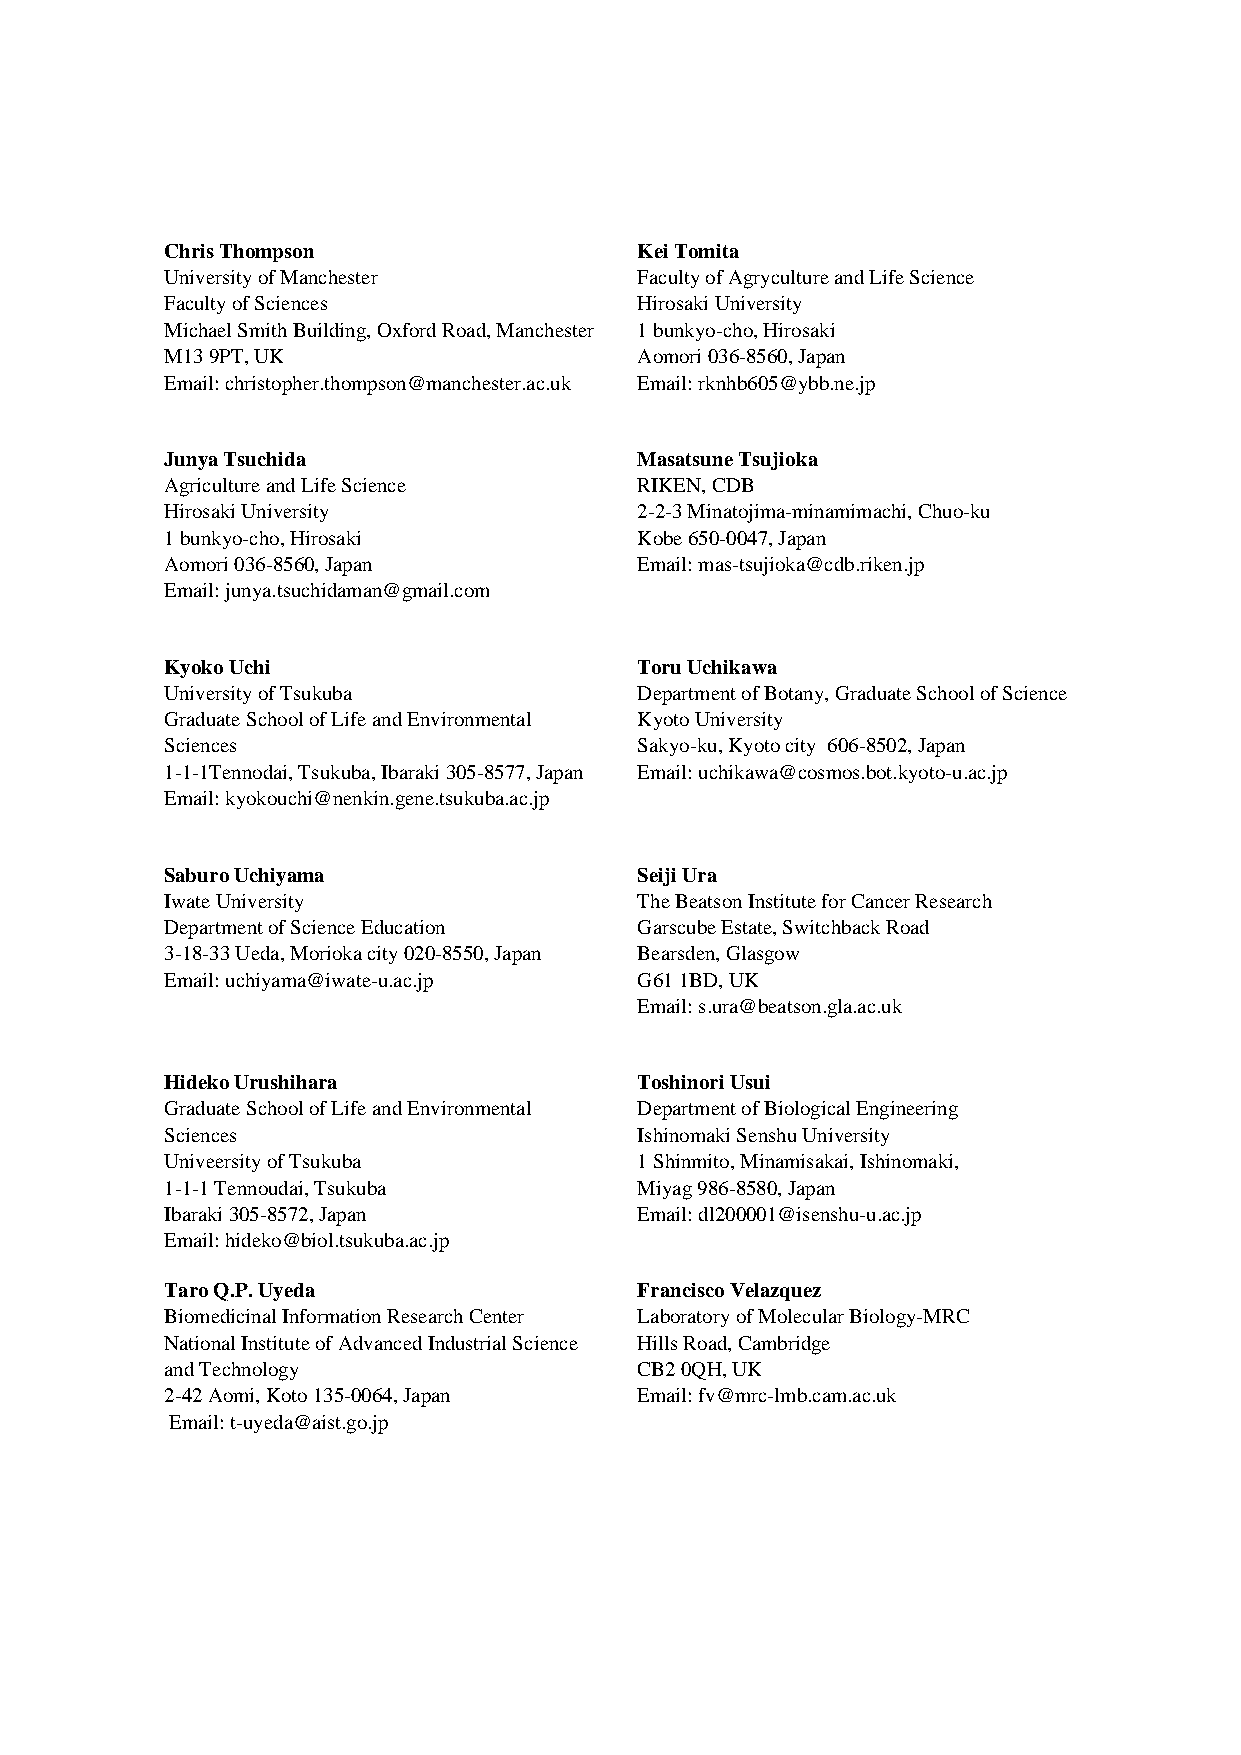
Chris Thompson               ## Kei Tomita
 University of Manchester       Faculty of Agryculture and Life Science
 Faculty of Sciences            Hirosaki University
 Michael Smith Building, Oxford Road, Manchester 1 bunkyo-cho, Hirosaki
 ##
 M13 9PT, UK                    Aomori 036-8560, Japan
 Email: christopher.thompson@manchester.ac.uk Email: rknhb605@ybb.ne.jp
 ##
 Junya Tsuchida               ## Masatsune Tsujioka
 Agriculture and Life Science   RIKEN, CDB
 Hirosaki University            2-2-3 Minatojima-minamimachi, Chuo-ku
 1 bunkyo-cho, Hirosaki         Kobe 650-0047, Japan
 ##
 Aomori 036-8560, Japan         Email: mas-tsujioka@cdb.riken.jp
 Email: junya.tsuchidaman@gmail.com
 ##
 Kyoko Uchi                   ## Toru Uchikawa
 University of Tsukuba          Department of Botany, Graduate School of Science
 Graduate School of Life and Environmental Kyoto University
 Sciences                       Sakyo-ku, Kyoto city 606-8502, Japan
 ##
 1-1-1Tennodai, Tsukuba, Ibaraki 305-8577, Japan Email: uchikawa@cosmos.bot.kyoto-u.ac.jp
 Email: kyokouchi@nenkin.gene.tsukuba.ac.jp
 ##
 Saburo Uchiyama              ## Seiji Ura
 Iwate University               The Beatson Institute for Cancer Research
 Department of Science Education Garscube Estate, Switchback Road
 3-18-33 Ueda, Morioka city 020-8550, Japan Bearsden, Glasgow
 ##
 Email: uchiyama@iwate-u.ac.jp  G61 1BD, UK
 Email: s.ura@beatson.gla.ac.uk
 ##
 Hideko Urushihara            ## Toshinori Usui
 Graduate School of Life and Environmental Department of Biological Engineering
 Sciences                       Ishinomaki Senshu University
 Univeersity of Tsukuba         1 Shinmito, Minamisakai, Ishinomaki,
 ##
 1-1-1 Tennoudai, Tsukuba       Miyag 986-8580, Japan
 Ibaraki 305-8572, Japan        Email: dl200001@isenshu-u.ac.jp
 Email: hideko@biol.tsukuba.ac.jp
 ##
 Taro Q.P. Uyeda              ## Francisco Velazquez
 Biomedicinal Information Research Center Laboratory of Molecular Biology-MRC
 National Institute of Advanced Industrial Science Hills Road, Cambridge
 and Technology                 CB2 0QH, UK
 ##
 2-42 Aomi, Koto 135-0064, Japan Email: fv@mrc-lmb.cam.ac.uk
 Email: t-uyeda@aist.go.jp
 ##